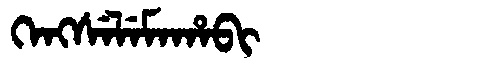
Manchu: ᡴᡝᠩᠰᡝᠯᡝᠮᠠᡥᠠᠪᡳ
Romanization: KENGSELEMAHABI